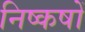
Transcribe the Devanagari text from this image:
निष्कषों